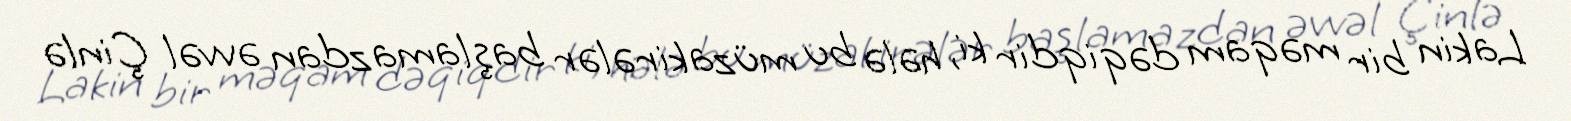
Lakin bir məqam dəqiqdir ki, hələ bu müzakirələr başlamazdan əvvəl Çinlə